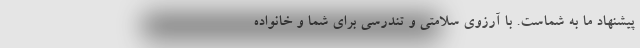
پیشنهاد ما به شماست. با آرزوی سلامتی و تندرسی برای شما و خانواده